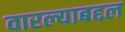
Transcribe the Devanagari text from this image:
वारल्याबद्दल